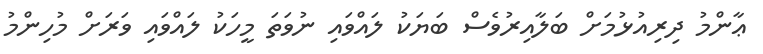
ޢާންމު ދިރިއުޅުމަށް ބަލާއިރުވެސް ބަޔަކު ލައްވައި ނުވަތަ މީހަކު ލައްވައި ވަރަށް މުހިންމު